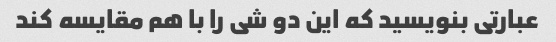
عبارتی بنویسید که این دو شی را با هم مقایسه کند